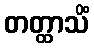
တတ္ထာသိံ